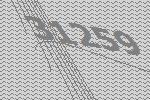
31259